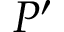
P ^ { \prime }